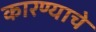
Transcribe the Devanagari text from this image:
कारण्याचे